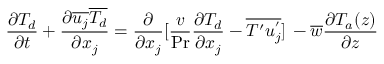
\frac { \partial T _ { d } } { \partial t } + \frac { \partial \overline { { u _ { j } } } \overline { { T _ { d } } } } { \partial x _ { j } } = \frac { \partial } { \partial x _ { j } } { [ } \frac { v } { \operatorname* { P r } } \frac { \partial T _ { d } } { \partial x _ { j } } - \overline { { T ^ { \prime } u _ { j } ^ { ' } } } \rbrack \, - \overline { { w } } \frac { \partial T _ { a } ( z ) } { \partial z }